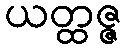
ယတ္ထဇ္ဇ